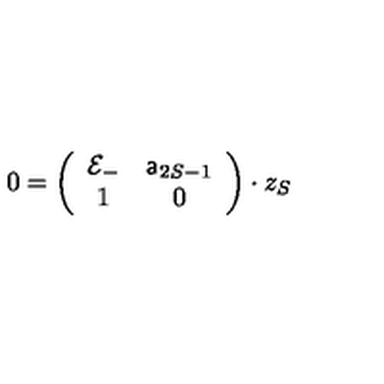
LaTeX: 0 = \left( \begin{array} { c c } { { \cal E } _ { - } } & { { \sf a } _ { 2 S - 1 } } \\ { 1 } & { 0 } \\ \end{array} \right) \cdot z _ { S }